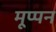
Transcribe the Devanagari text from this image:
मूप्पन